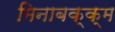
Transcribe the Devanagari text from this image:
मिनाबक्क्म